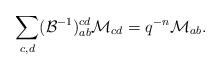
LaTeX: \begin{align*} \sum_{c,d}(\mathcal{B}^{-1})^{cd}_{ab}\mathcal{M}_{cd}=q^{-n}\mathcal{M}_{ab}.\end{align*}